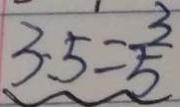
3 . 5 = \frac { 3 } { 5 }